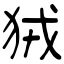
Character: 狨